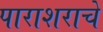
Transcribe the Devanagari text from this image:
पाराशराचे